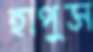
হাপুস